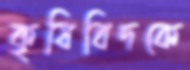
কৃষিবিদকে